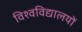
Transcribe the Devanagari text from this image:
विश्‍वविद्यालयों